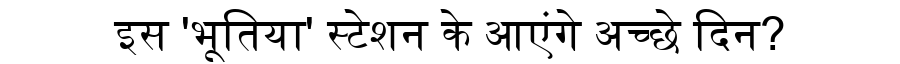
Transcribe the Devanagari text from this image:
इस 'भूतिया' स्टेशन के आएंगे अच्छे दिन?